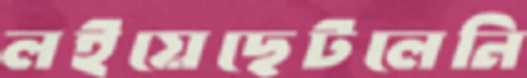
লইয়েছেটলেনি